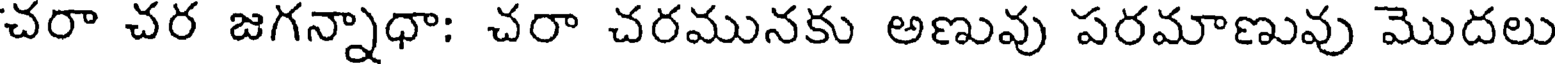
చరా చర జగన్నాధా: చరా చరమునకు అణువు పరమాణువు మొదలు